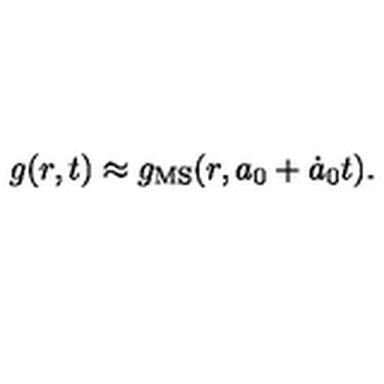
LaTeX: g ( r , t ) \approx g _ { \mathrm { M S } } ( r , a _ { 0 } + \dot { a } _ { 0 } t ) .